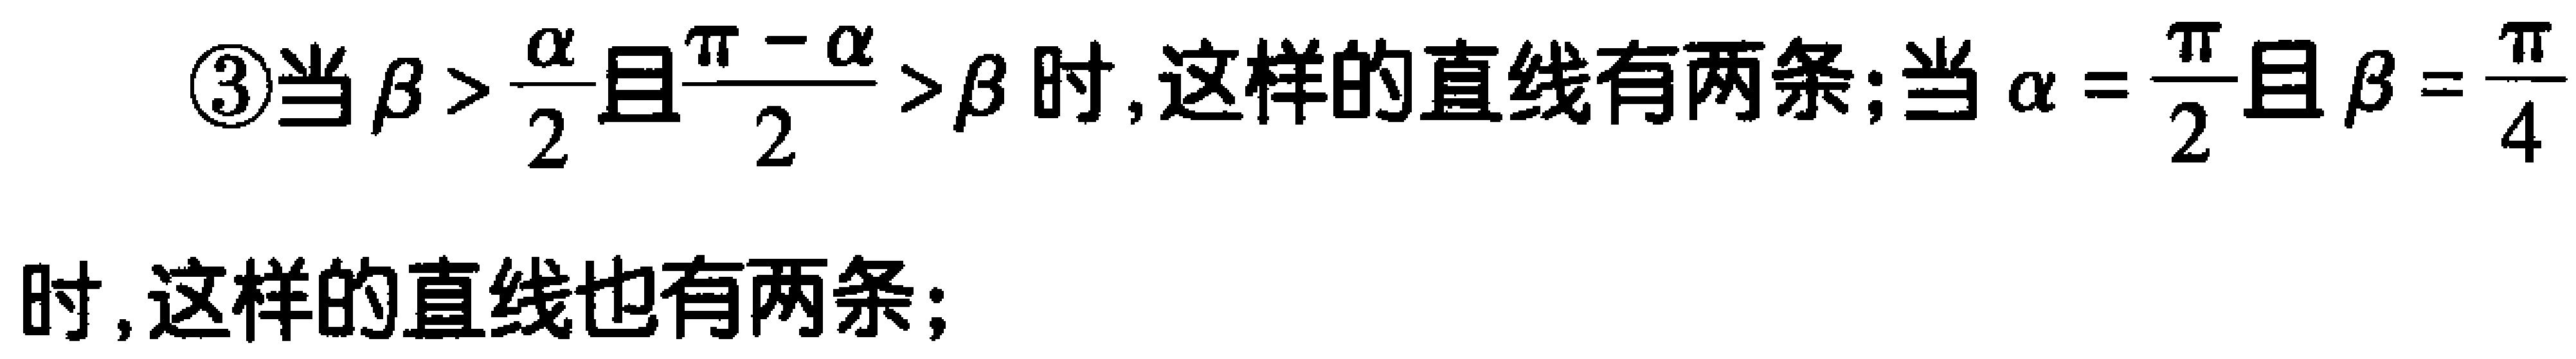
\textcircled{3}当$\beta > \frac{\alpha}{2}$且$\frac{\pi - \alpha}{2} > \beta$时,这样的直线有两条;当$\alpha = \frac{\pi}{2}$且$\beta = \frac{\pi}{4}$时,这样的直线也有两条;